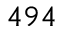
4 9 4